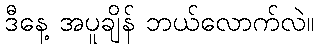
ဒီနေ့ အပူချိန် ဘယ်လောက်လဲ။